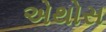
એથોસ